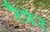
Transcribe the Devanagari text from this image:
रैपेर